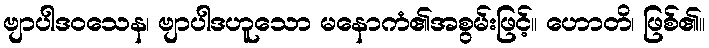
ဗျာပါဒဝသေန၊ ဗျာပါဒဟူသော မနောကံ၏အစွမ်းဖြင့်။ ဟောတိ၊ ဖြစ်၏။